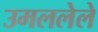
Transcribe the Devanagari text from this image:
उमललेले